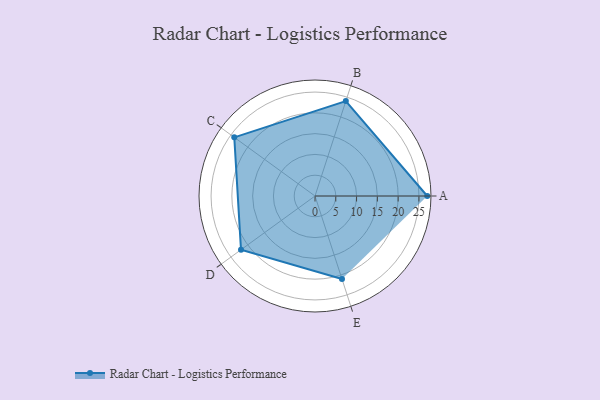
{"axis": {"x": "Skill", "y": "Score"}, "legend": ["Profile"], "data": [{"x": "A", "y": 27.0, "type": "Profile"}, {"x": "B", "y": 24.0, "type": "Profile"}, {"x": "C", "y": 24.0, "type": "Profile"}, {"x": "D", "y": 22.0, "type": "Profile"}, {"x": "E", "y": 21.0, "type": "Profile"}]}